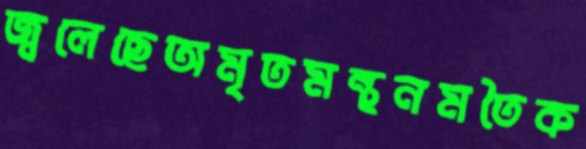
জ্বলেছেঅমৃতমন্থনমতৈক